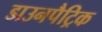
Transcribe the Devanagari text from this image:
डाउनपैट्रिक